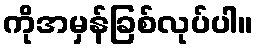
ကိုအမှန်ခြစ်လုပ်ပါ။